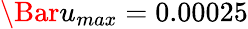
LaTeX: \Bar{u}_{max}=0.00025